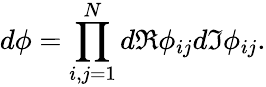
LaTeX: d\phi=\prod_{i,j=1}^{N}d\Re\phi_{ij}d\Im\phi_{ij}.